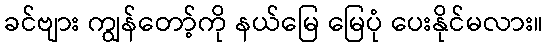
ခင်ဗျား ကျွန်တော့်ကို နယ်မြေ မြေပုံ ပေးနိုင်မလား။